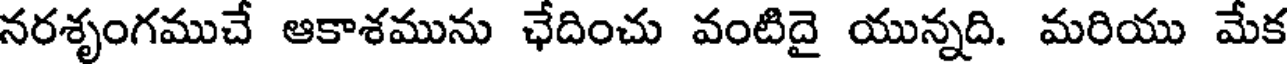
నరశృంగముచే ఆకాశమును ఛేదించు వంటిదై యున్నది. మరియు మేక